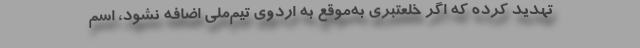
تهدید کرده که اگر خلعتبری به‌موقع به اردوی تیم‌ملی اضافه نشود، اسم